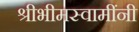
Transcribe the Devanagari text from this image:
श्रीभीमस्वामींनी